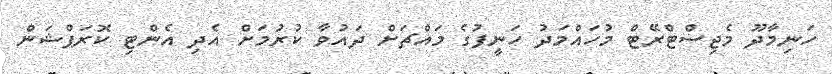
ހަނިމާދޫ މެޖިސްޓްރޭޓް މުހައްމަދު ހަނީފުގެ މައްޗަށް ދައުވާ ކުރުމަށް އެދި އެންޓި ކޮރަޕްޝަން